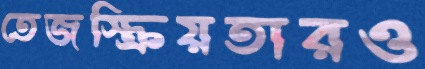
তেজস্ক্রিয়তারও